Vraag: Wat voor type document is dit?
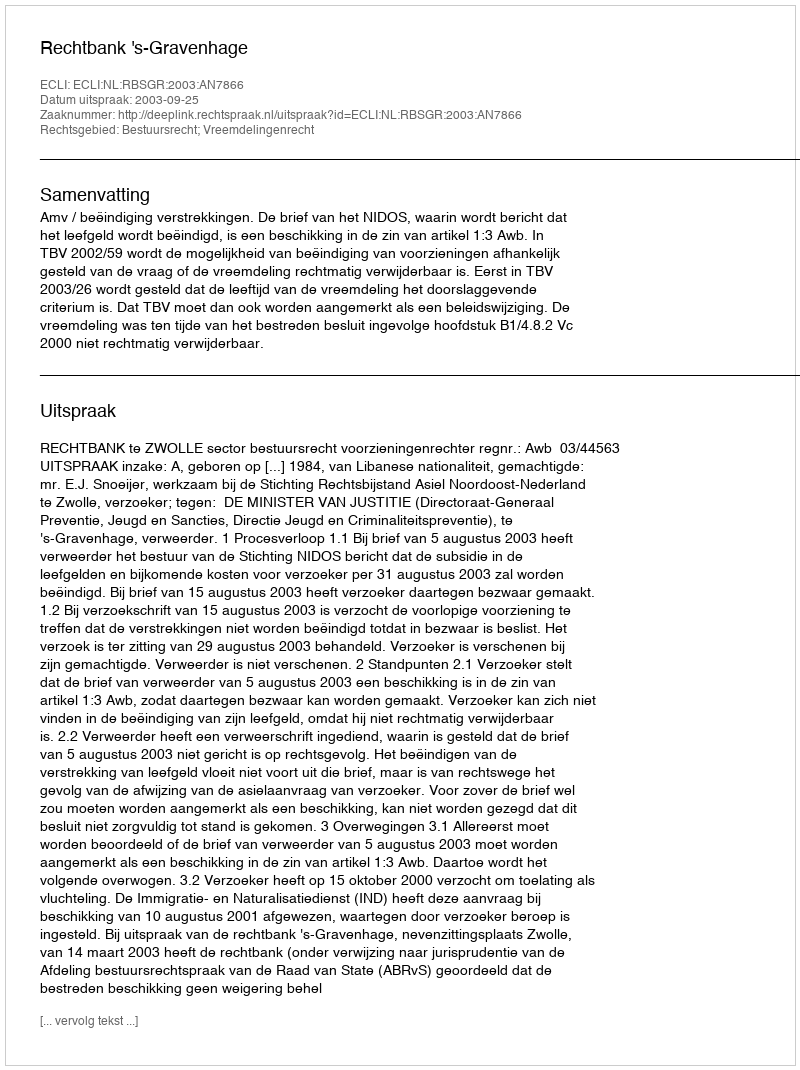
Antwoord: Uitspraak